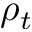
\rho _ { t }